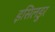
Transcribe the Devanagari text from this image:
इसिलडुर